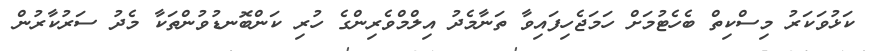
ކަޅުވަކަރު މިސްކިތް ބެހެޓުމަށް ހަމަޖެހިފައިވާ ތަނާމެދު އިލްމްވެރިންގެ ހުރި ކަންބޮނޑުވުންތަކާ މެދު ސަރުކާރުން